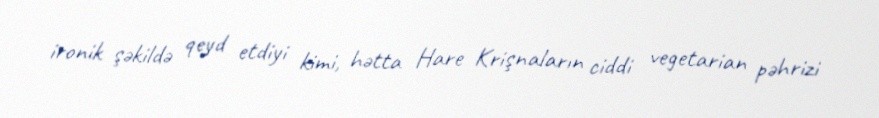
ironik şəkildə qeyd etdiyi kimi, hətta Hare Krişnaların ciddi vegetarian pəhrizi